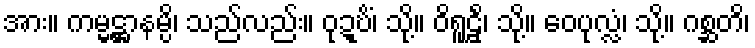
အား။ ကမ္မဋ္ဌာနမ္ပိ၊ သည်လည်း။ ဝုဍ္ဎိံ၊ သို့။ ဝိရူဠှိံ၊ သို့။ ဝေပုလ္လံ၊ သို့။ ဂစ္ဆတိ၊